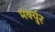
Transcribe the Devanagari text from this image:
मर्क्युर